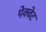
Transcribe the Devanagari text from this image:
पेक्वेट